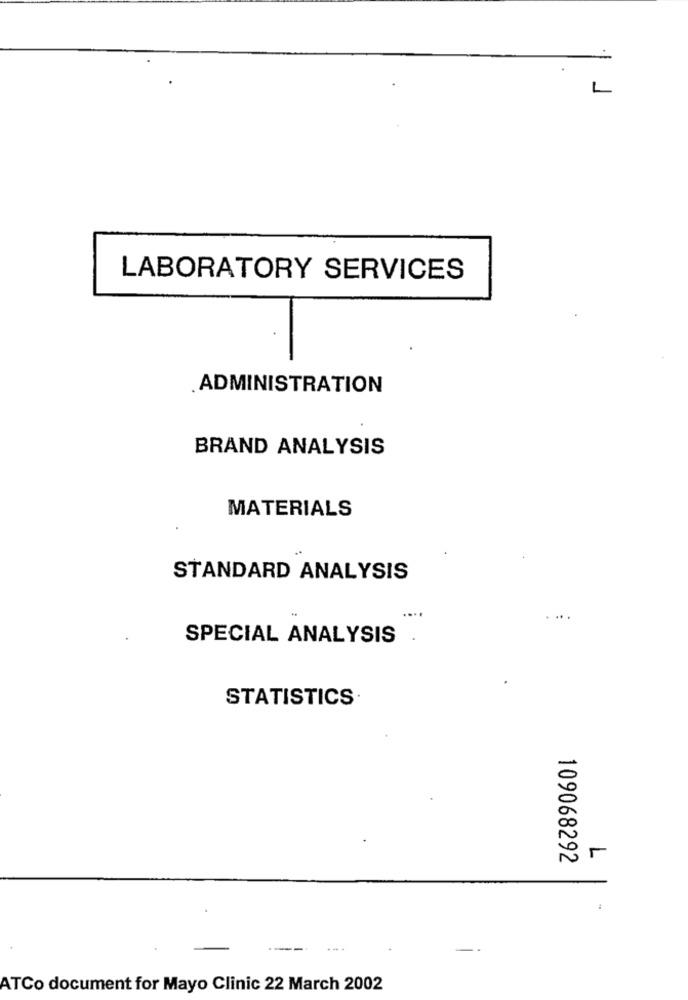
L
LABORATORY SERVICES
ADMINISTRATION
BRAND ANALYSIS
MATERIALS
STANDARD ANALYSIS
SPECIAL ANALYSIS
STATISTICS
109068292
ATCo document for Mayo Clinic 22 March 2002